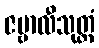
ဇမ္ဗာလီသုတ္တံ